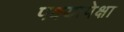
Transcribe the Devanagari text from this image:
पक्ष्यापेक्षा